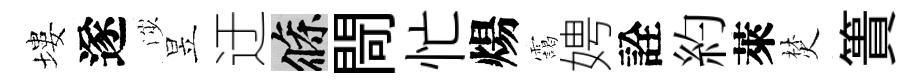
塿遂渉昱迂條閜忙煬靄娉詮約萊焚簣